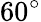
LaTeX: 60^{\circ}